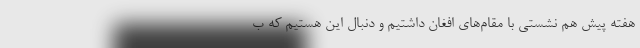
هفته پیش هم نشستی با مقام‌های افغان داشتیم و دنبال این هستیم که ب